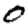
Digit: 0